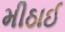
મીઠાઈ